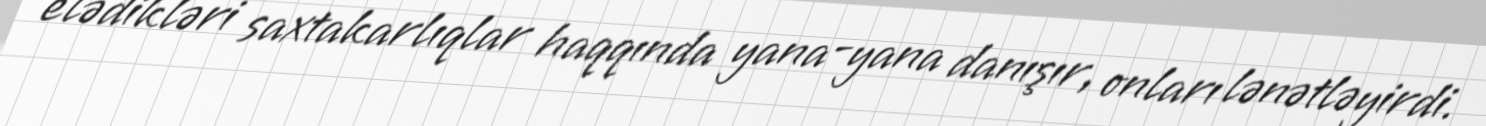
elədikləri saxtakarlıqlar haqqında yana-yana danışır, onları lənətləyirdi.